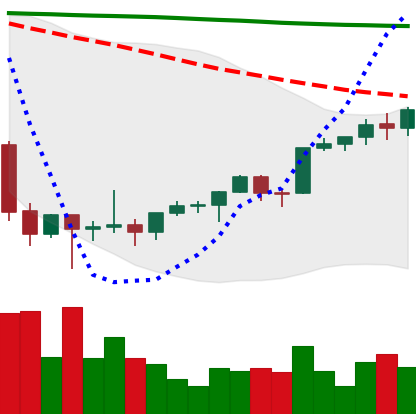
Ticker: ETH-USD
Chart end date: 2022-02-09
Forward return: -9.445%
Label: down_7plus